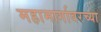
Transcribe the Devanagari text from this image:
महामार्गावरच्या